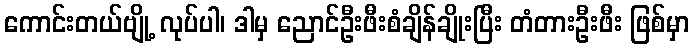
ကောင်းတယ်ဗျို့ လုပ်ပါ၊ ဒါမှ ညောင်ဦးဖီးစံချိန်ချိုးပြီး တံတားဦးဖီး ဖြစ်မှာ